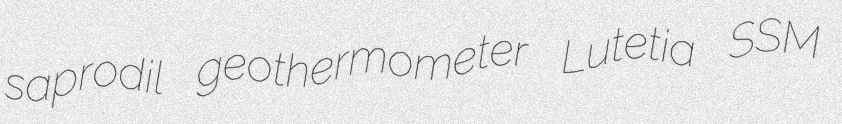
saprodil geothermometer Lutetia SSM